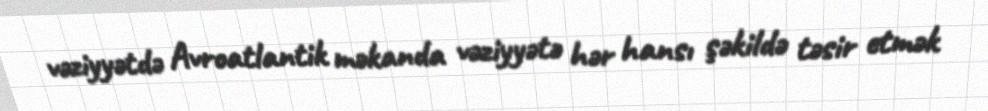
vəziyyətdə Avroatlantik məkanda vəziyyətə hər hansı şəkildə təsir etmək